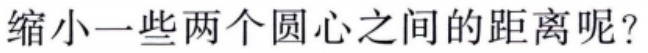
缩小一些两个圆心之间的距离呢？